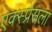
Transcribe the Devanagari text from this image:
एक्स्प्रेसला